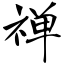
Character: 禅